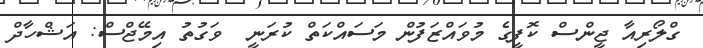
ގްލޯރިއާ ޖީންސް ކޮފީގެ މުވައްޒަފުން މަސައްކަތް ކުރަނީ  ވަގުތު އިމޭޖްސް: އަޝްހާދް